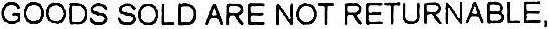
GOODS SIKD ARE NOT RETURNABLE,